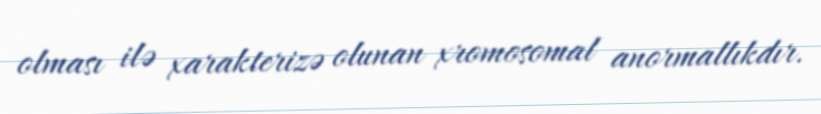
olması ilə xarakterizə olunan xromosomal anormallıkdır.